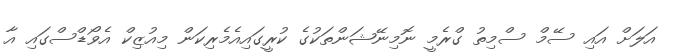
އަލަށް އައި ސޭމް ސްމިތު ގްރެމީ ނޮމިނޭޝަންތަކުގެ ކުރީގައިއެމެރިކަން މިއުޒިކް އެވޯޑްސްގައި އާ